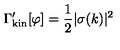
\Gamma _ { \mathrm { k i n } } ^ { \prime } [ \varphi ] = { \frac { 1 } { 2 } } | \sigma ( k ) | ^ { 2 }